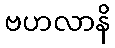
ဗဟလာနိ